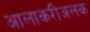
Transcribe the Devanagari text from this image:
आलाकरीअलक